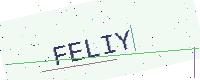
Text: FELIY